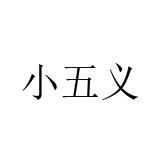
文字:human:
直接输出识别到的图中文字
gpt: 小五义